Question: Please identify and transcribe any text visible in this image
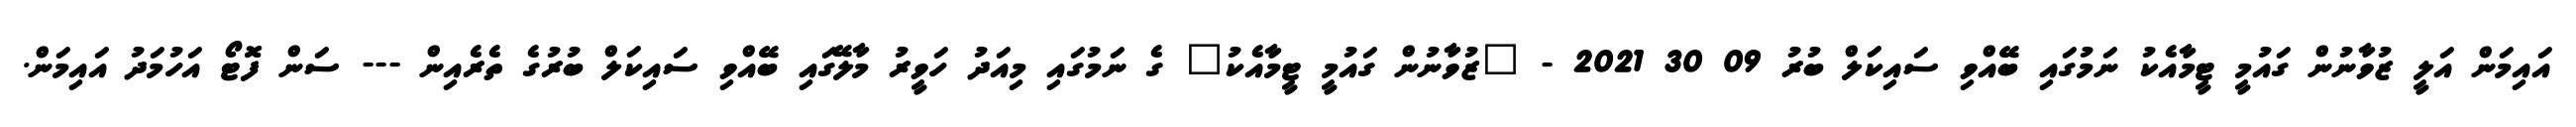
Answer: އައިމަން އަލީ ޒުވާނުން ގައުމީ ޓީމާއެކު ނަމުގައި ބޭއްވި ސައިކަލް ބުރު 09 30 2021 - "ޒުވާނުން ގައުމީ ޓީމާއެކު" ގެ ނަމުގައި މިއަދު ހަވީރު މާލޭގައި ބޭއްވި ސައިކަލް ބުރުގެ ތެރެއިން --- ސަން ފޮޓޯ އަހުމަދު އައިމަން.